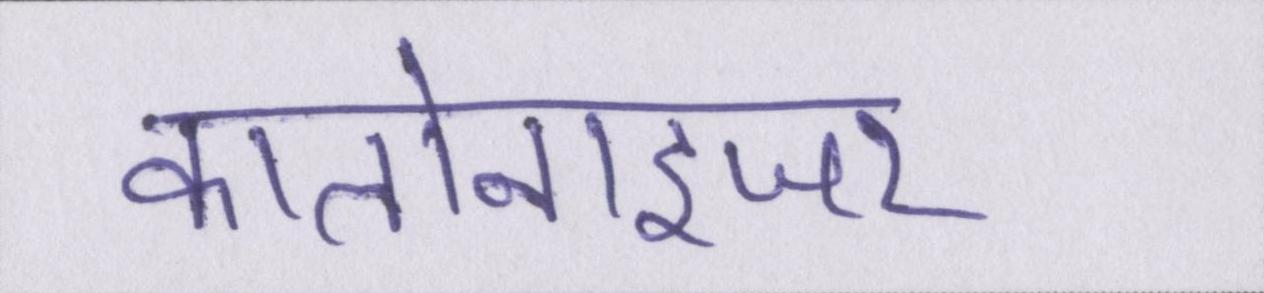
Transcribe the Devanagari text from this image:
कालोनाइजर